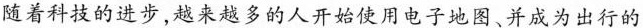
随着科技的进步，越来越多的人开始使用电子地图、并成为出行的